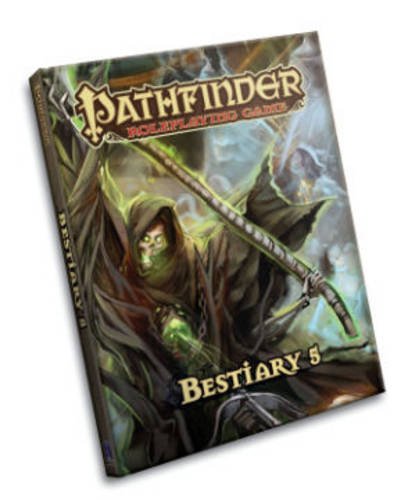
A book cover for Pathfinder Roleplaying Game: Bestiary 5; Jason Bulmahn; Science Fiction & Fantasy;